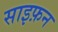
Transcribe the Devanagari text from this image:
साइफ़न